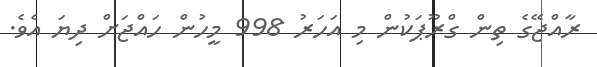
ރާއްޖޭގެ ތިން ގްރޫޕަކުން މި އަހަރު 998 މީހުން ހައްޖަށް ދިޔަ އެވެ.